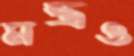
মন্ত্রও